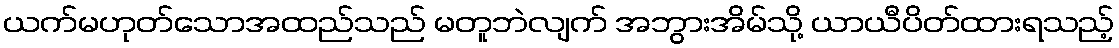
ယက်မဟုတ်သောအထည်သည် မတူဘဲလျက် အဘွားအိမ်သို့ ယာယီပိတ်ထားရသည့်